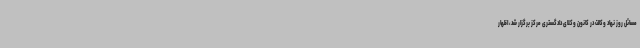
مسائل روز نهاد وکالت در کانون وکلای دادگستری مرکز برگزار شد، اظهار